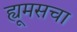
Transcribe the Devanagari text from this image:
ह्यूमसचा